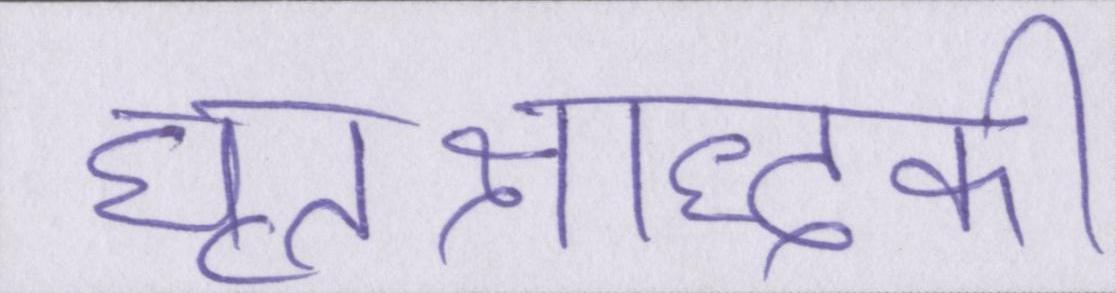
घृतश्राद्धकी